Trukikaitis_Postimees, lk 33
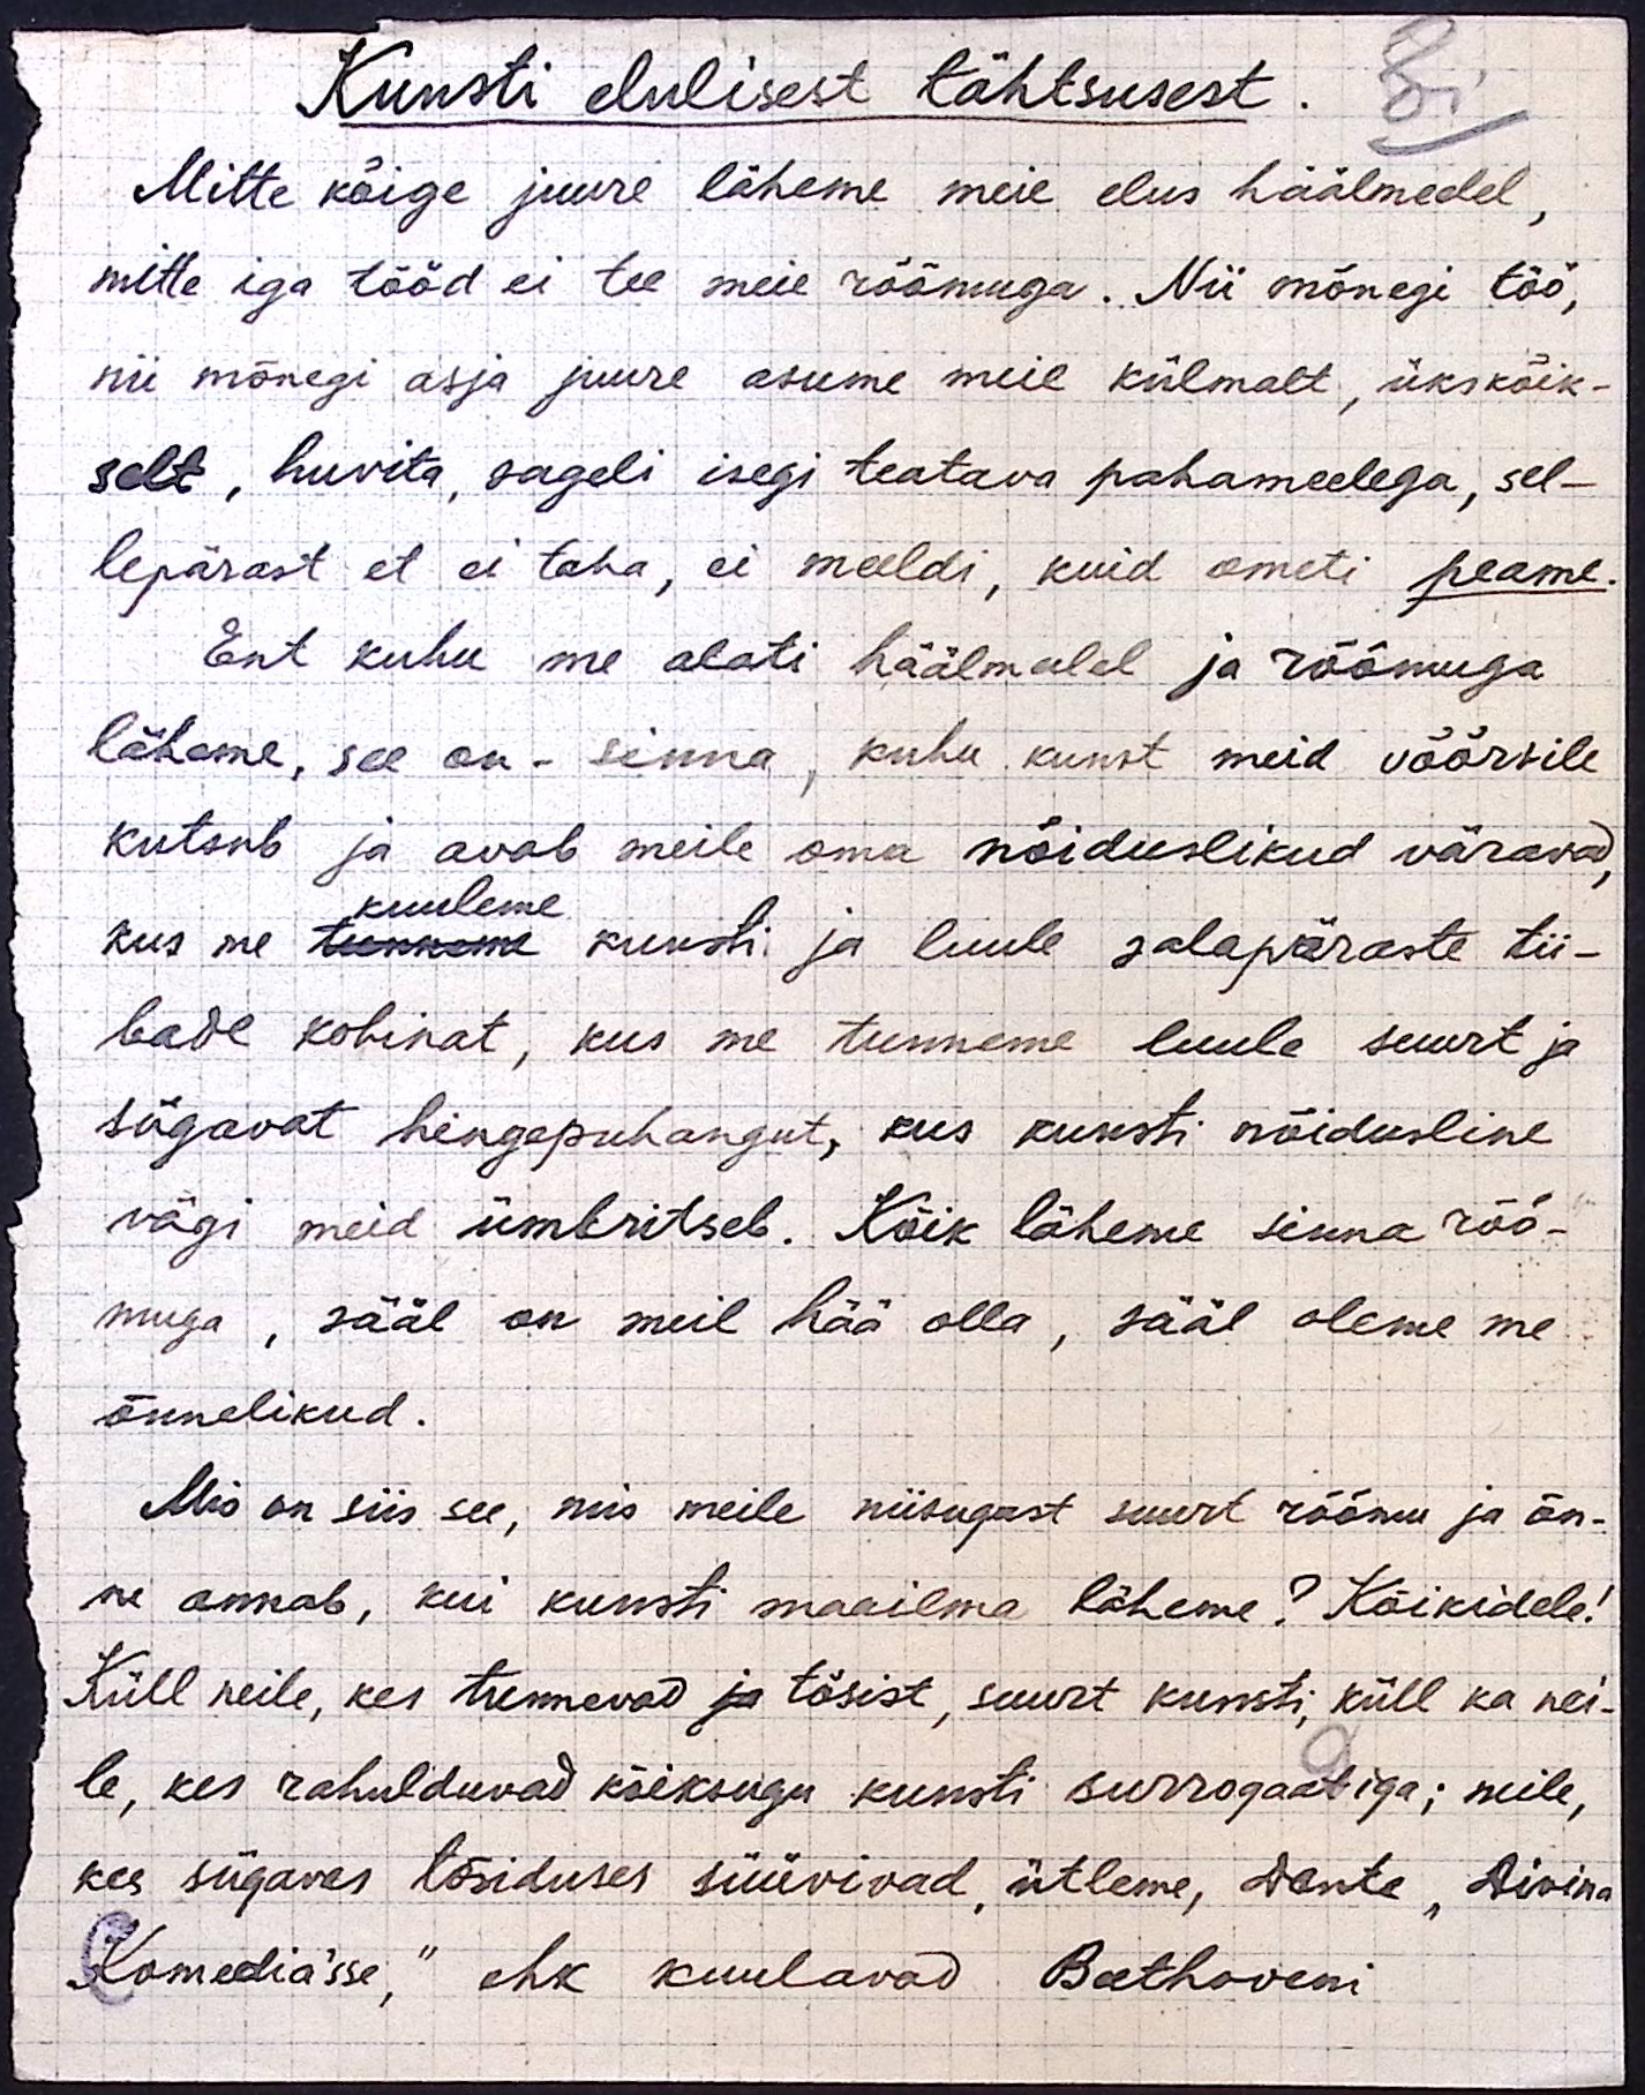
Kunsti elulisest tähtsusest.
Mitte kõige juure läheme meie elus häälmeelel,
mitte iga tööd ei tee meie rõõmuga. Nii mõnegi töö,
nii mõnegi asja juure asume meie külmalt, ükskõik-
selt, huvita, sageli isegi teatava pahameelega, sel-
lepärast et ei taha, ei meeldi, kuid ometi peame.
Ent kuhu me alati häälmeelel ja rõõmuga
läheme, see on - sinna, kuhu kunst meid võõrsile
kutsub ja avab meile oma nõiduslikud väravad,
kuuleme
kus me tunneme kunsti ja luule salapäraste tii-
bade kohinat, kus me tunneme luule suurt ja
sügavat hingepuhangut, kus kunsti nõidusline
vägi meid ümbritseb. Kõik läheme sinna rõõ-
muga, sääl on meil hää olla, sääl oleme me
õnnelikud.
Mis on siis see, mis meile niisugust suurt rõõmu ja õn-
ne annab, kui kunsti maailma läheme? Kõikidele!
Küll neile, kes tunnevad ja tõsist, suurt kunsti, küll ka nei-
le, kes rahulduvad kõiksugu kunsti surrogaatiga; neile,
kes sügavas tõsiduses süüvivad, ütleme, Dante "Divina
Komedia´sse,“ ehk kuulavad Beethoveni